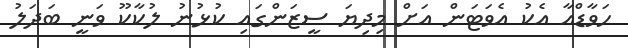
ހަވާޑްއާ އެކު އެވަޓަން އަށް މިދިޔަ ސީޒަންގައި ކުޅުނު ލުކާކޫ ވަނީ ބަދަލު